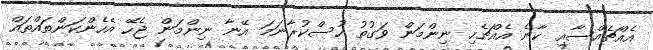
އެއްޗެއްސާއި ކާނެ އެއްޗެހި ނިންމަން ވަގުތު ހުސްކުރާނަމަ އޭނާ ނިންމަން ޖެހޭ އެހެންކަންތައްތައް